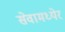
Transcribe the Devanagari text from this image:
सेवामध्येर